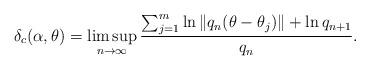
LaTeX: \begin{align*}\delta_c(\alpha,\theta)=\limsup_{n\rightarrow\infty}\frac{\sum_{j=1}^m \ln{\|q_n(\theta-\theta_j)\|}+\ln{q_{n+1}}}{q_n}.\end{align*}